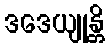
ဒဒေယျုန္တိ